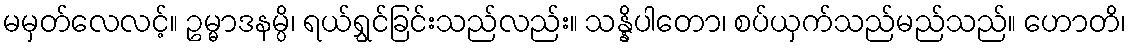
မမှတ်လေလင့်။ ဥမ္မာဒနမ္ပိ၊ ရယ်ရွှင်ခြင်းသည်လည်း။ သန္နိပါတော၊ စပ်ယှက်သည်မည်သည်။ ဟောတိ၊